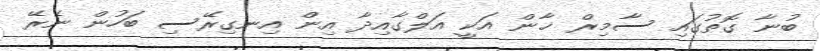
ބުނާ ގޮތުގައި ސާމިރް ޚާން އަކީ އަލްގާއިދާ އިން އިނގިރޭސި ބަހުން ނެރޭ